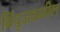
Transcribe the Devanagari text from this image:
बिंदूजवळील